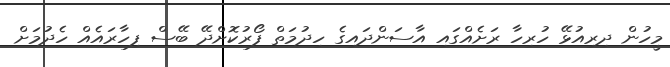
މީހުން ދިރިއުޅޭ ހުރިހާ ރަށެއްގައި އާސަންދައިގެ ހިދުމަތް ފޯރުކޮށްދޭ ބޭސް ފިހާރައެއް ހެދުމަށް